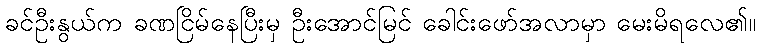
ခင်ဦးနွယ်က ခဏငြိမ်နေပြီးမှ ဦးအောင်မြင် ခေါင်းဖော်အလာမှာ မေးမိရလေ၏။